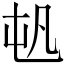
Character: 𡴉